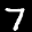
Label: 7